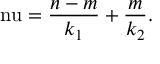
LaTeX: \mathrm { \ n u } = \frac { n - m } { k _ { 1 } } + \frac { m } { k _ { 2 } } .